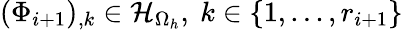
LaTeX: (\Phi_{i+1})_{,k}\in\mathcal{H}_{\Omega_{h}},\mathrm{~}k\in\{ 1,...,r_{i+1}\}